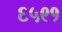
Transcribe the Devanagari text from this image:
६५९१